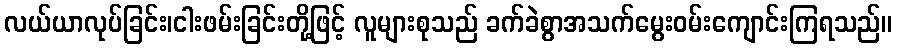
လယ်ယာလုပ်ခြင်း၊ငါးဖမ်းခြင်းတို့ဖြင့် လူများစုသည် ခက်ခဲစွာအသက်မွေးဝမ်းကျောင်းကြရသည်။